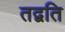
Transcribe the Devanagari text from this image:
तद्वति